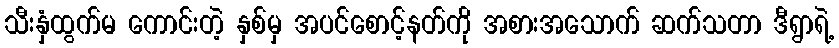
သီးနှံထွက်မ ကောင်းတဲ့ နှစ်မှ အပင်စောင့်နတ်ကို အစားအသောက် ဆက်သတာ ဒီရွာရဲ့